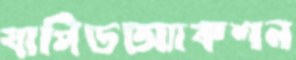
যাপিডঅ্যাকশন